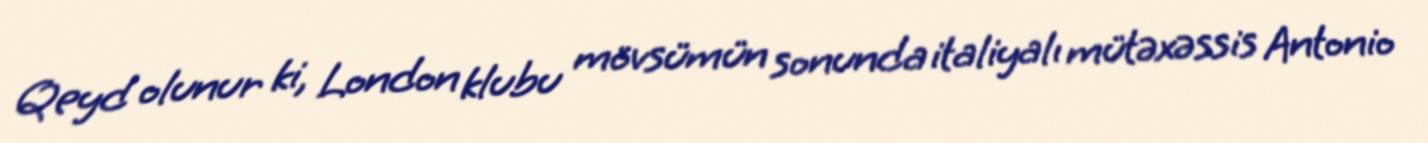
Qeyd olunur ki, London klubu mövsümün sonunda italiyalı mütəxəssis Antonio